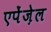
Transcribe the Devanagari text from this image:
एपेंज़ेल